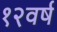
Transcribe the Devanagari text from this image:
१२वर्ष